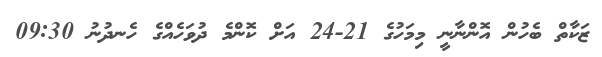
ޒަކާތް ބެހުން އޮންނާނީ މިމަހުގެ 21-24 އަށް ކޮންމެ ދުވަހެއްގެ ހެނދުނު 09:30